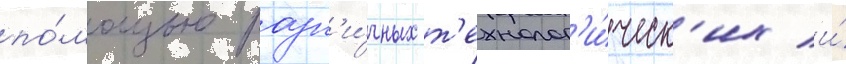
по́мощью разл'и́чных т'ехнолог'и́ческ'их и́